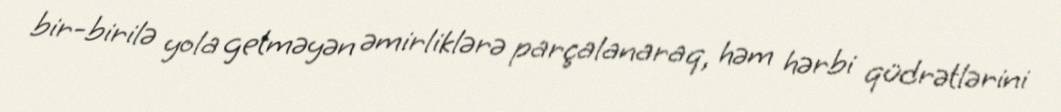
bir-birilə yola getməyən əmirliklərə parçalanaraq, həm hərbi qüdrətlərini